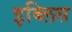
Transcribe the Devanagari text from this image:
इब्लिस